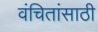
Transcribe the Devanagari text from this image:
वंचितांसाठी